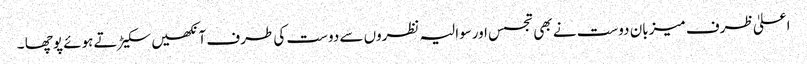
اعلیٰ ظرف میزبان دوست نے بھی تجسس اورسوالیہ نظروں سے دوست کی طرف آنکھیں سکیڑ تے ہوئے پوچھا ۔